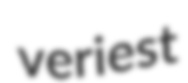
veriest